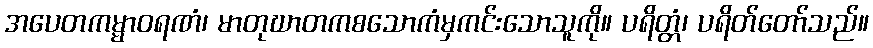
အပေတကမ္မာဝရဏံ၊ မာတုဃာတကစသောကံမှကင်းသောသူကို။ ပရိတ္တံ၊ ပရိတ်တော်သည်။